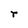
Character: r